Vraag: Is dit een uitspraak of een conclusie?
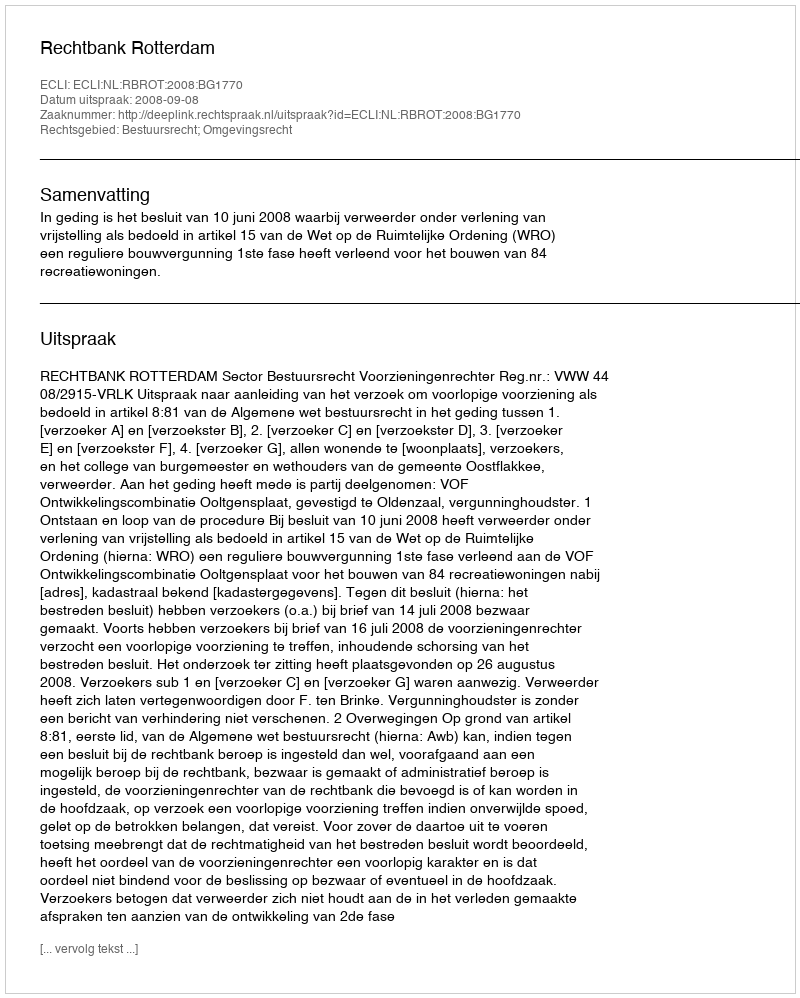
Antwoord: Uitspraak